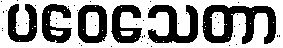
ပဝေသေတာ